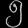
Digit: ၅